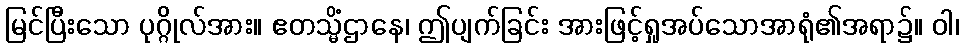
မြင်ပြီးသော ပုဂ္ဂိုလ်အား။ ဧတသ္မိံဌာနေ၊ ဤပျက်ခြင်း အားဖြင့်ရှုအပ်သောအာရုံ၏အရာ၌။ ဝါ၊